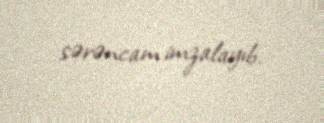
sərəncam imzalayıb.